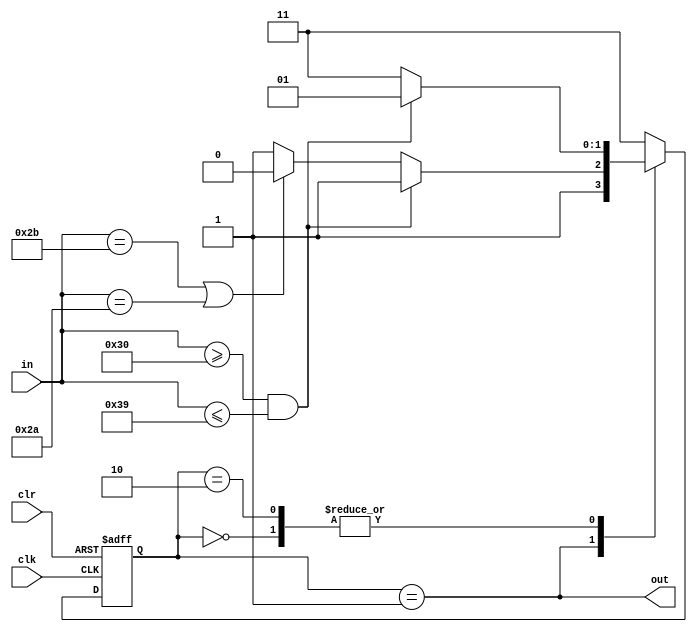
`define sEmpty 2'b00
`define sNum 2'b01
`define sOp 2'b10
`define sInvalid 2'b11

module string (
               input       clk,
               input       clr,
               input [7:0] in,
               output      out
               );

   reg [1:0]               cur;

   initial begin
      cur <= `sEmpty;
   end

   always @(posedge clk, posedge clr) begin
      if (clr) begin
         cur <= `sEmpty;
      end else begin
         case (cur)
           `sEmpty: begin
              if (in >= "0" && in <= "9") cur <= `sNum;
              else cur <= `sInvalid;
           end

           `sNum: begin
              if (in >= "0" && in <= "9") cur <= `sInvalid;
              else if (in == "+" || in == "*") cur <= `sOp;
              else cur <= `sInvalid;
           end

           `sOp: begin
              if (in >= "0" && in <= "9") cur <= `sNum;
              else cur <= `sInvalid;
           end

           default: cur <= `sInvalid;
         endcase
      end
   end

   assign out = (cur == `sNum);

endmodule